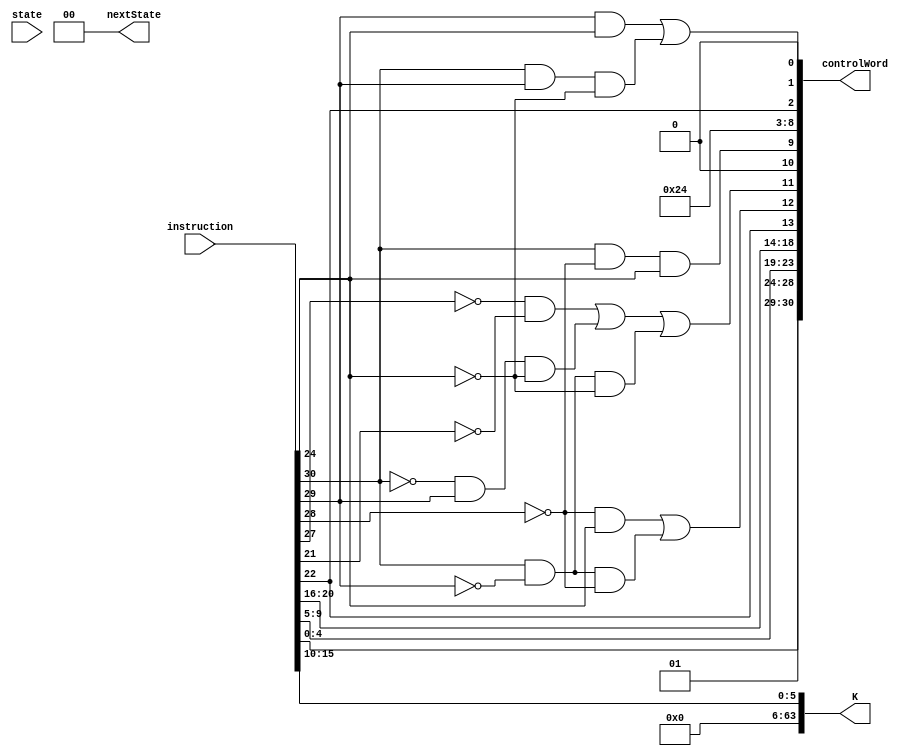
module R_ALU(instruction, state, controlWord, nextState, K);
	input [31:0] instruction;
	input [1:0] state;
	
	output [30:0] controlWord;
	output [1:0] nextState;
	output [63:0] K;
	
	// SA = Rn, SB = Rm
	
	wire [1:0] Psel;
	wire [4:0] DA, SA, SB, Fsel;
	wire regW, ramW, Bsel, EN_MEM, EN_ALU, EN_B, EN_PC, PCsel, SL;
	
	assign Psel = 2'b01; //PC <- PC + 4
	assign DA = instruction[4:0];
	assign SA = instruction[9:5];
	assign SB = instruction[20:16];
	assign Fsel = {instruction[22], ((~instruction[28] & instruction[24]) | (instruction[30] & ~instruction[29] & ~instruction[28])), ((~instruction[27] & ~instruction[21]) | (~instruction[30] & instruction[29] & ~instruction[24]) | (instruction[30] & ~instruction[29] & ~instruction[24])), 1'b0, (instruction[30] & ~instruction[28] & instruction[24])}; //Just trust me
	assign regW = 1'b1; //Write to register
	assign ramW = 1'b0; //Do not write to ram
	assign EN_MEM = 1'b0;
	assign EN_ALU = 1'b1; //Enable ALU on data bus
	assign EN_B = 1'b0;
	assign EN_PC = 1'b0;
	assign Bsel = instruction[22]; //Pass K to ALU on bit 22
	assign PCsel = 1'b0; //Pass A to PC (This could be 0 or 1)
	assign SL = (instruction[29] & instruction[24]) | (instruction[30] & instruction[29] & ~instruction[24]); //Store on (bit 29 and bit 24) or (bit 30 and bit 29 and not bit 24)
	
	assign K = {58'd0, instruction[15:10]};
	
	assign controlWord = {Psel, DA, SA, SB, Fsel, regW, ramW, EN_MEM, EN_ALU, EN_B, EN_PC, Bsel, PCsel, SL};
	
	assign nextState = 2'b00;
	
endmodule